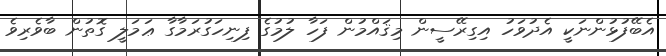
އެބޭފުޅުންނަކީ އެދުވަހު އިގިރޭސީން މިޤައްމުން ފަހާ ލުމުގެ ފިނިހަގުރަމާގާ ޢަމަލީ ގޮތުން ބާވެރިވެ